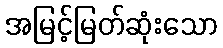
အမြင့်မြတ်ဆုံးသော